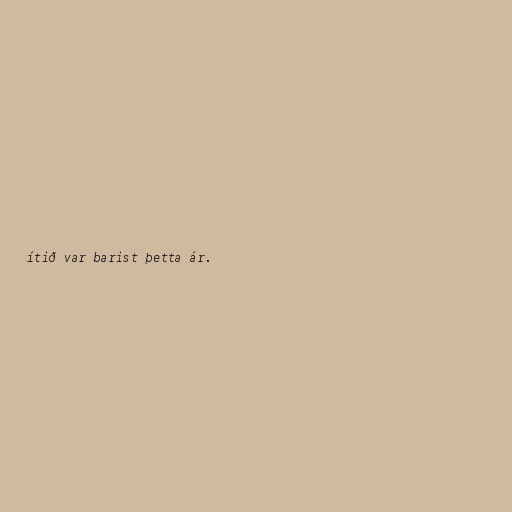
ítið var barist þetta ár.